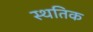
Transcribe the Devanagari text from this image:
स्थतिक